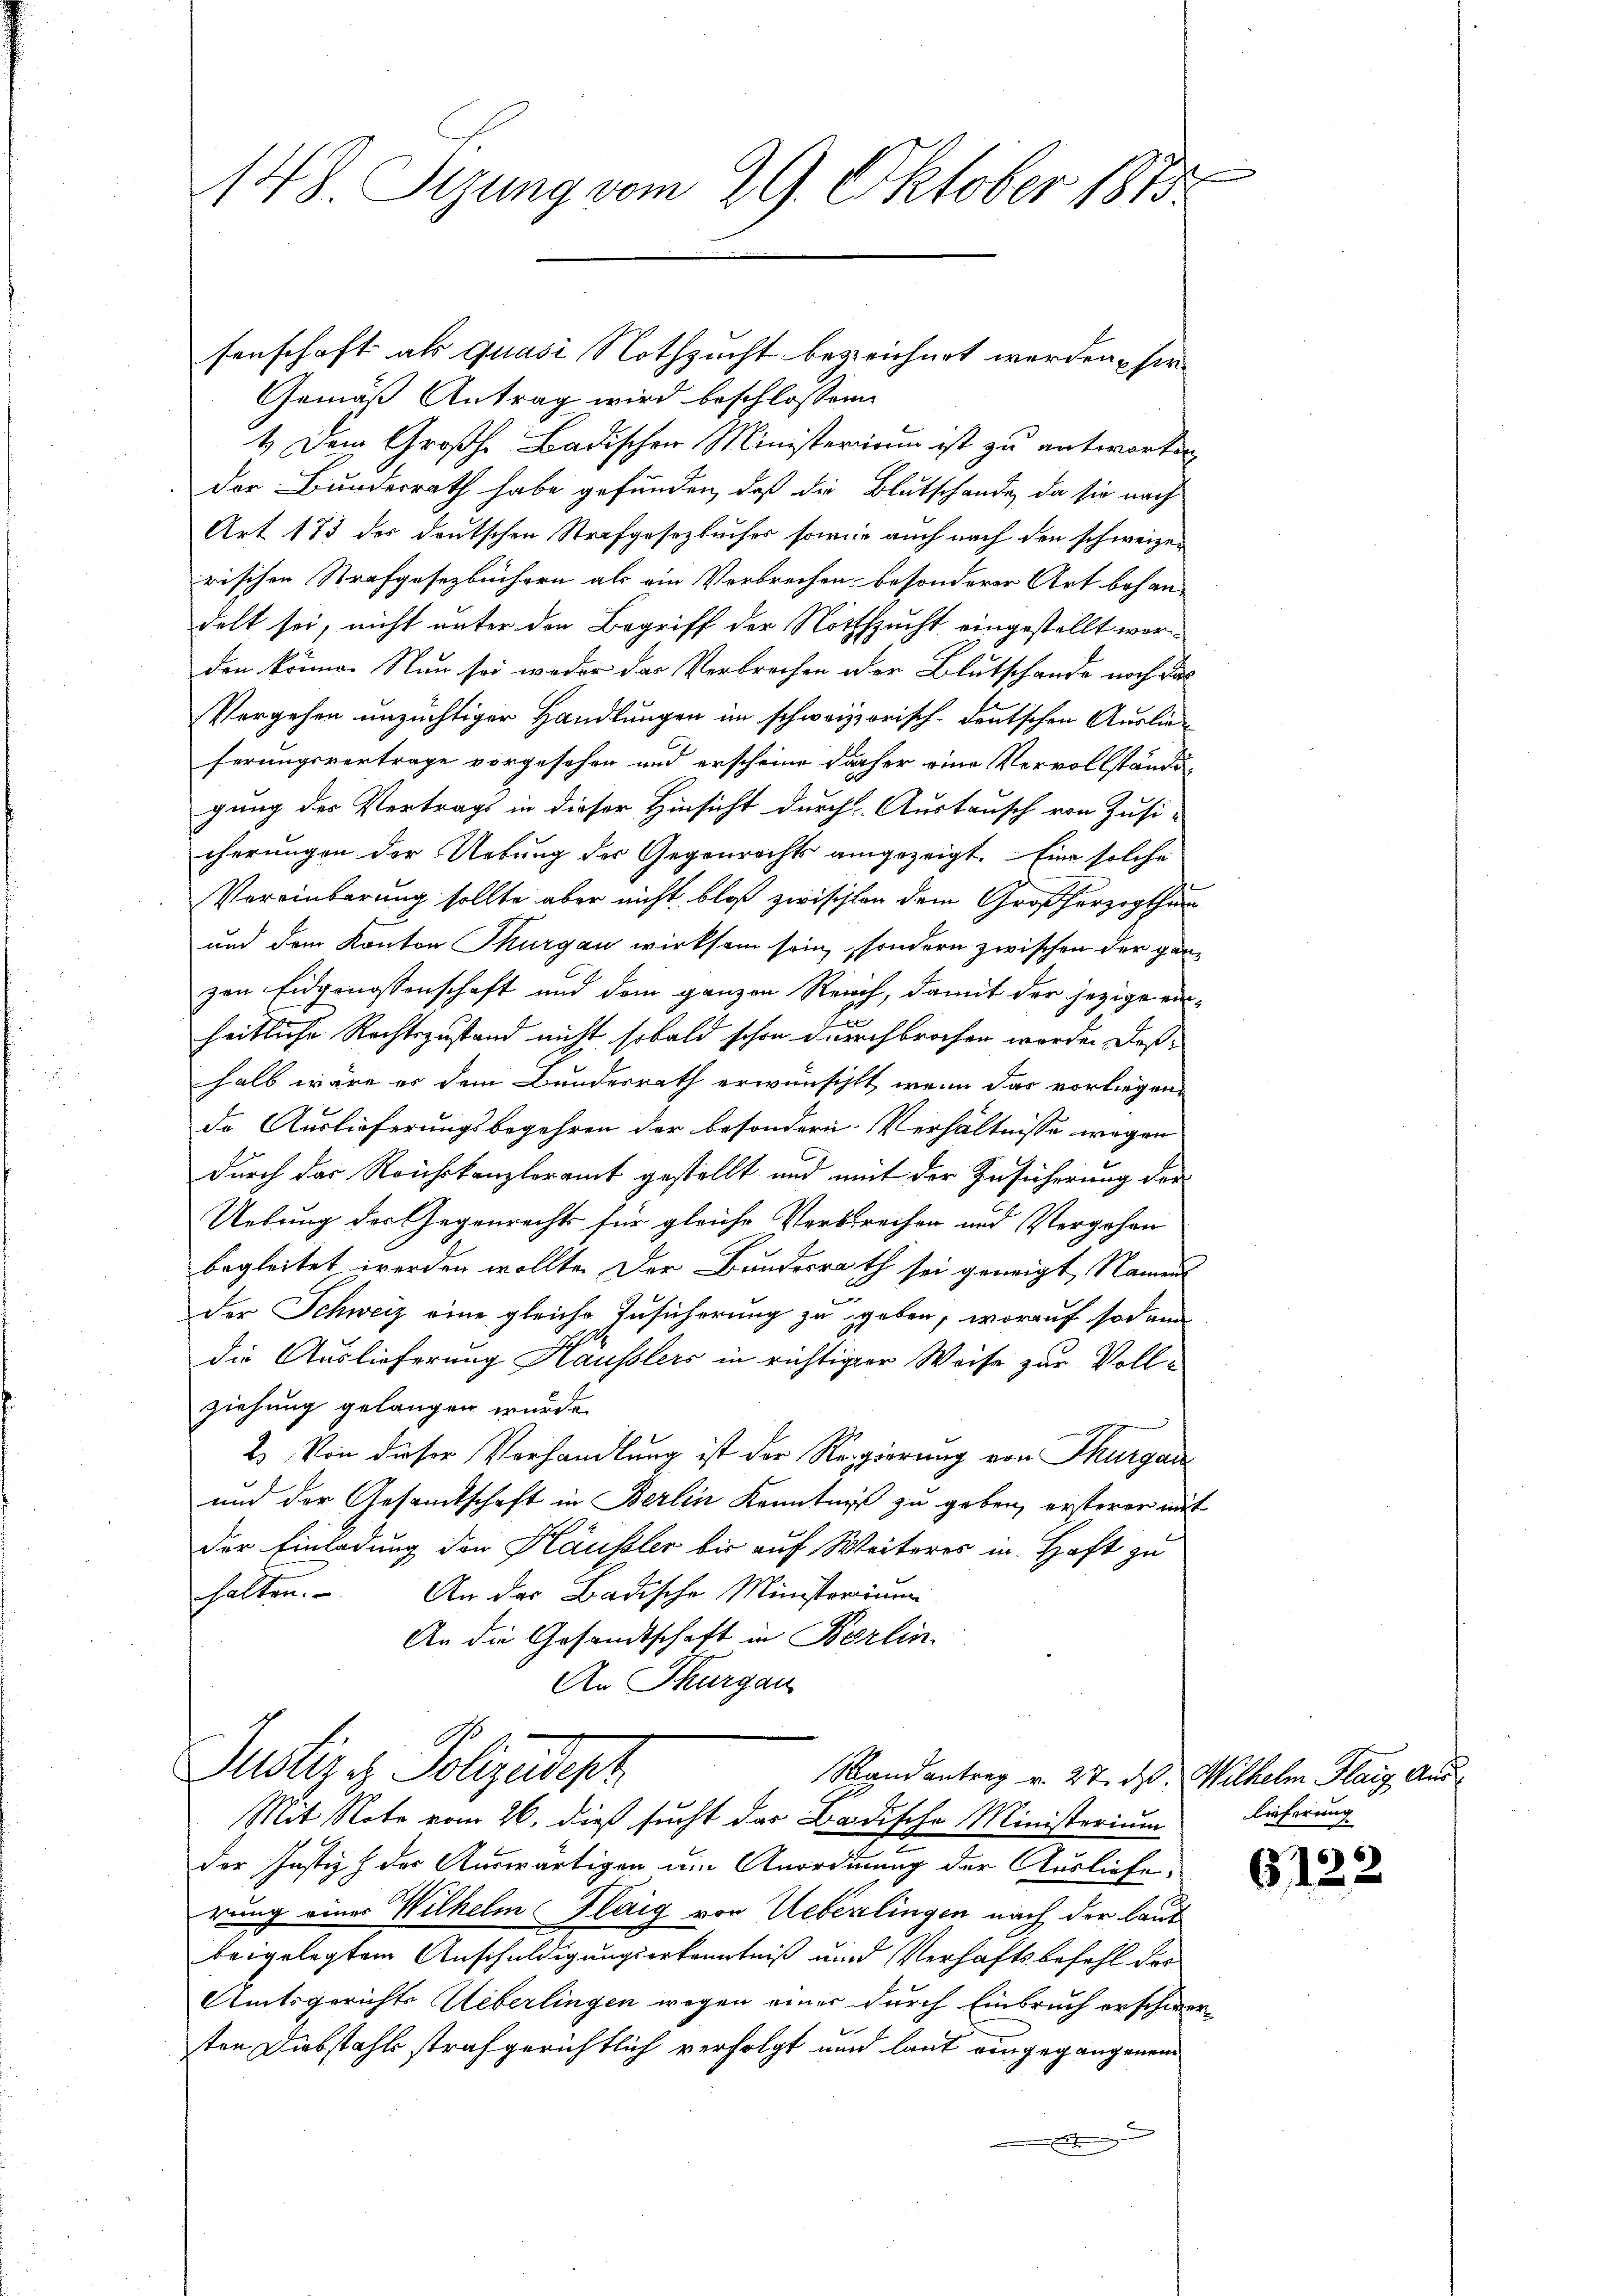
148. Seung vom 29. Oktober 1873

Gemäß Antrag wird beschlossene
1.) Dem Großh. Badischen Ministerium ist zu antworten
der Bundesrath habe gefunden, daß die Blutschande, da sie nach
Art 173 des deutschen Strafgesezbuises sowie auch nach den schweizen
rischen Strafgesetzbüchern als ein Verbrechen besonderer Art behan-
delt sei, nicht unter den Begriff der Nothzucht eingestellt wer
den könne. Nun sei weder das Verbrechen der Blutschande noch das
Vergehen unzüchtiger Handlungen im schweizzorisch-deutschen Auslieferungsvertrage vorgesehen und erscheine daher eine Vervollständigung der Vertrags in dieser Hinsicht durch Austausch von Zusi-
cherungen der Uebung der Gegenrechts angezeigt. Eine solche
Vereinbarung sollte aber nicht bloß zwischten dem Großherzogthum
und dem Kanton Thurgau wirksam sein, sondern zwischen der ganzen Eidgenossenschaft und dem ganzen Reich, damit der jezige eins
heitliche Rechtszustand nicht sobald schon durchbrochen worden deßhalb wäre es dem Bundesrath erwünscht, wenn das vorliegende Auslieferungsbegehren der besondern Verhältnisse wegen
durch das Reichskanzleramt gestellt und mit der Zusicherung der
Uebung des Gegenrechts für gleiche Verbrechen und Vergehen
begleitet werden wollte. Der Bundesrath sei geneigt, Nament
.
der Schweiz eine gleiche Zusicherung zu geben, worauf sodann
die Auslieferung Häuslers in richtiger Weise zur Vollziehung gelangen wurde.
2. Von dieser Verhandlung ist der Regierung von Thurgau
und der Gesamtschaft in Berlin Kenntniß zu geben, ersterer mit
Der Einladung den Häusler bis auf Weiteres in Haft zu
halten. An der Badische Ministerium
An die Gesandtschaft in Berlin.
An Thurgau
Justiz & Polizeipr
Randantrag v. 27. d. Wilhelm Flaig Aus
Mit Note vom 26. dieß sucht das Badische Ministerium
der Justiz, der Auswärtigen um Anordnung der Ausliefe,
rung einer Wilhelm Flaig von Ueberlingen nach der laut
beigelegtem Anschuldigungserkenntniß und Verhaftsbefehl der
Amtsgerichts Ueberlingen wegen einer durch Einbruch erschwerten Diebstahls strafgerichtlich verfolgt und laut eingegangenen

senschaft als Quasi Nothzucht bezeichnet werden, sie

l

lieferung

17

6122